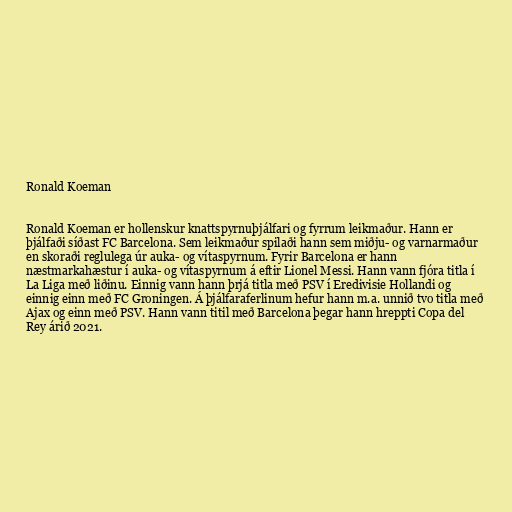
Ronald Koeman

Ronald Koeman er hollenskur knattspyrnuþjálfari og fyrrum leikmaður. Hann er
þjálfaði síðast FC Barcelona. Sem leikmaður spilaði hann sem miðju- og varnarmaður
en skoraði reglulega úr auka- og vítaspyrnum. Fyrir Barcelona er hann
næstmarkahæstur í auka- og vítaspyrnum á eftir Lionel Messi. Hann vann fjóra titla í
La Liga með liðinu. Einnig vann hann þrjá titla með PSV í Eredivisie Hollandi og
einnig einn með FC Groningen. Á þjálfaraferlinum hefur hann m.a. unnið tvo titla með
Ajax og einn með PSV. Hann vann titil með Barcelona þegar hann hreppti Copa del
Rey árið 2021.